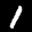
Label: 1